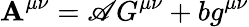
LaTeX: \mathbf{A}^{\mu\nu}=\mathscr{A}G^{\mu\nu}+bg^{\mu\nu}